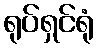
ရုပ်ရှင်ရုံ